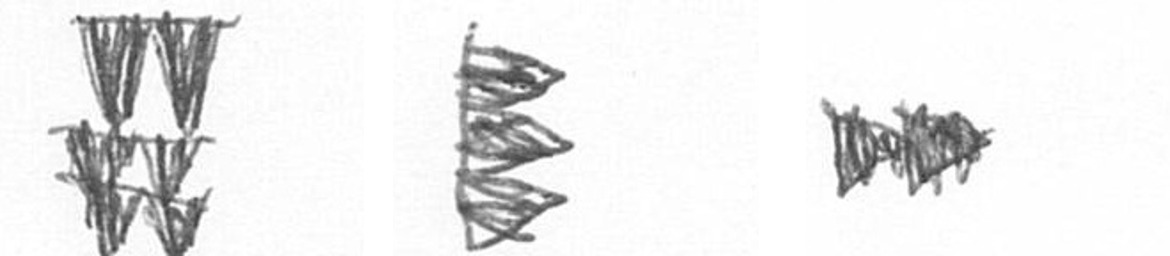
Y H A